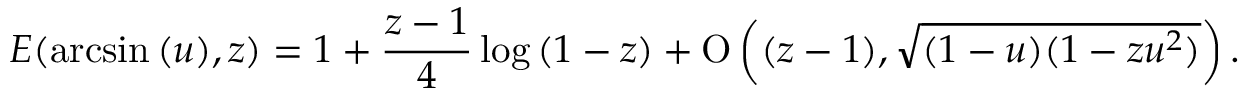
E ( \arcsin { ( u ) } , z ) = 1 + \frac { z - 1 } { 4 } \log { ( 1 - z ) } + \ensuremath { \operatorname { O } \left( ( z - 1 ) , \sqrt { ( 1 - u ) ( 1 - z u ^ { 2 } ) } \right) } .